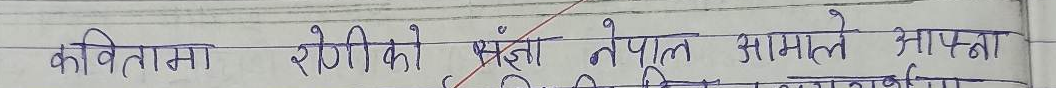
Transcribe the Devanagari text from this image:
कवितामा रोगीको सँझा नेपूल मामले आप्फा